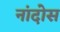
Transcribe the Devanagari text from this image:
नांदोस